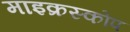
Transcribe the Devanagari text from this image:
माइक्रस्कोप